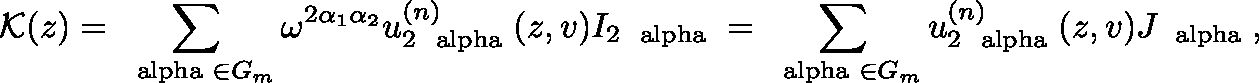
{ \cal K } ( z ) = \sum _ { \mathrm { \footnotesize \boldmath ~ \ a l p h a ~ } \in G _ { m } } \omega ^ { 2 \alpha _ { 1 } \alpha _ { 2 } } u _ { 2 \mathrm { \footnotesize \boldmath ~ \ a l p h a ~ } } ^ { ( n ) } ( z , v ) I _ { 2 \mathrm { \footnotesize \boldmath ~ \ a l p h a ~ } } = \sum _ { \mathrm { \footnotesize \boldmath ~ \ a l p h a ~ } \in G _ { m } } u _ { 2 \mathrm { \footnotesize \boldmath ~ \ a l p h a ~ } } ^ { ( n ) } ( z , v ) J _ { \mathrm { \footnotesize \boldmath ~ \ a l p h a ~ } } ,